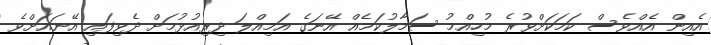
އެއިން އެއްވެސް ކަމަކަށްވުރެ މުހިއްމު ސަމާލުކަމެއް އޭނަގެ އަމިއްލަ ދިރިއުޅުމަށް ދެވިފައި އޭނައަށްވެ